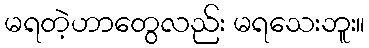
မရတဲ့ဟာတွေလည်း မရသေးဘူး။